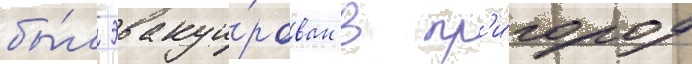
бы́л эвакуи́рован в пр'и́город